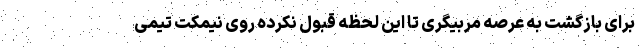
برای بازگشت به عرصه مربیگری تا این لحظه قبول نکرده روی نیمکت تیمی